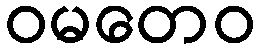
ဝမတေဝ